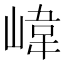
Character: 𡺨